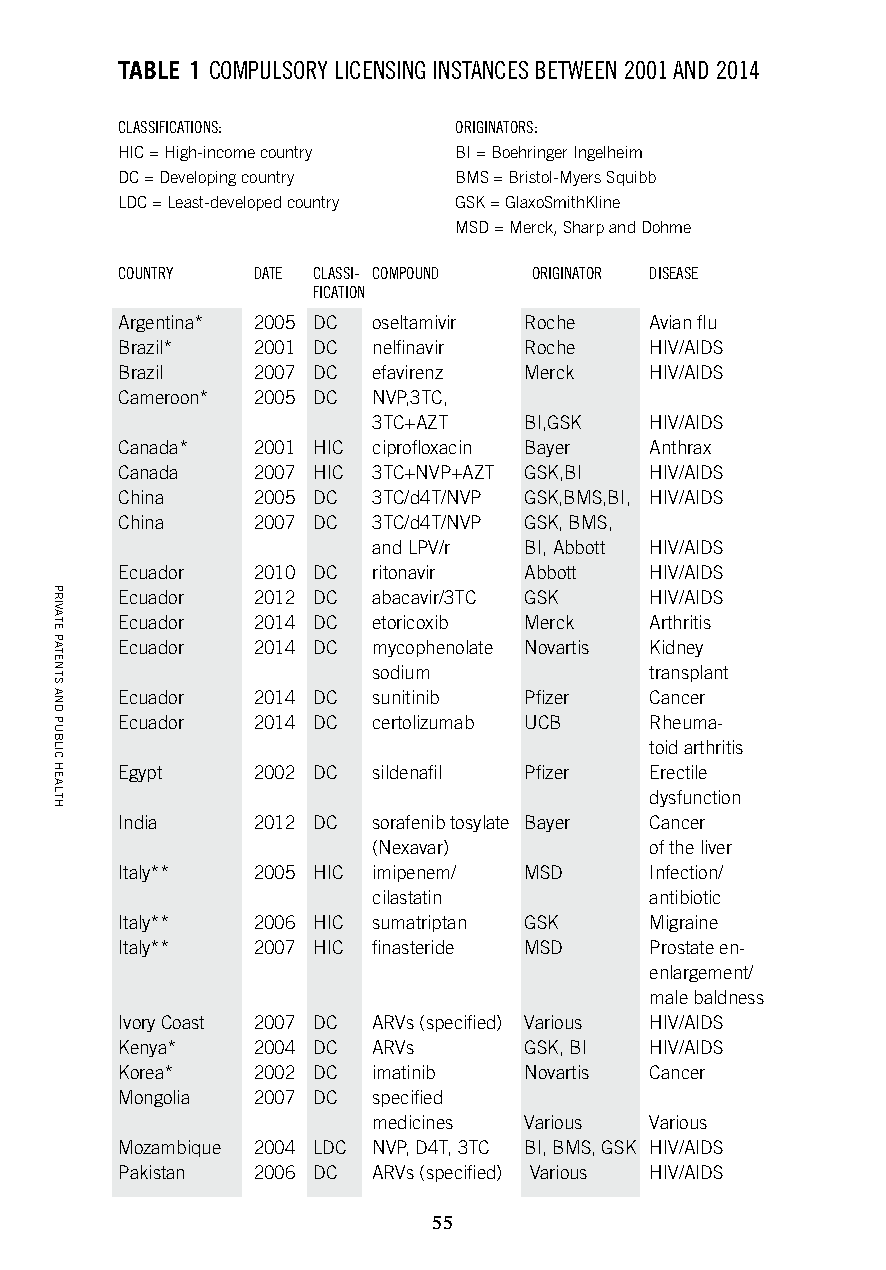
TABLE 1 COMPULSORY LICENSING INSTANCES BETWEEN 2001 AND 2014
 CLASSIFICATIONS:      ORIGINATORS:
 HIC = High-income country BI = Boehringer Ingelheim
 DC = Developing country BMS = Bristol-Myers Squibb
 LDC = Least-developed country GSK = GlaxoSmithKline
 MSD = Merck, Sharp and Dohme
 COUNTRY  DATE CLASSI- COMPOUND ORIGINATOR DISEASE
 FICATION
 Argentina* 2005 DC oseltamivir Roche Avian flu
 Brazil*  2001 DC nelfinavir Roche  HIV/AIDS
 Brazil   2007 DC efavirenz Merck   HIV/AIDS
 Cameroon* 2005 DC NVP,3TC,
 3TC+AZT   BI,GSK  HIV/AIDS
 Canada*  2001 HIC ciprofloxacin Bayer Anthrax
 Canada   2007 HIC 3TC+NVP+AZT GSK,BI HIV/AIDS
 China    2005 DC 3TC/d4T/NVP GSK,BMS,BI, HIV/AIDS
 China    2007 DC 3TC/d4T/NVP GSK, BMS,
 and LPV/r BI, Abbott HIV/AIDS
 Ecuador  2010 DC ritonavir Abbott  HIV/AIDS
 Ecuador  2012 DC abacavir/3TC GSK  HIV/AIDS
 Ecuador  2014 DC etoricoxib Merck  Arthritis
 Ecuador  2014 DC mycophenolate Novartis Kidney
 sodium            transplant
 Ecuador  2014 DC sunitinib Pfizer  Cancer
 Ecuador  2014 DC certolizumab UCB  Rheuma-
 toid arthritis
 Egypt    2002 DC sildenafil Pfizer Erectile
 dysfunction
 India    2012 DC sorafenib tosylate Bayer Cancer
 (Nexavar)         of the liver
 Italy**  2005 HIC imipenem/ MSD    Infection/
 cilastatin        antibiotic
 Italy**  2006 HIC sumatriptan GSK  Migraine
 Italy**  2007 HIC finasteride MSD  Prostate en-
 enlargement/
 male baldness
 Ivory Coast 2007 DC ARVs (specified) Various HIV/AIDS
 Kenya*   2004 DC ARVs      GSK, BI HIV/AIDS
 Korea*   2002 DC imatinib  Novartis Cancer
 Mongolia 2007 DC specified
 medicines Various Various
 Mozambique 2004 LDC NVP, D4T, 3TC BI, BMS, GSK HIV/AIDS
 Pakistan 2006 DC ARVs (specified) Various HIV/AIDS
 55
 PRIVATE
 PATENTS
 AND
 PUBLIC
 HEALTH